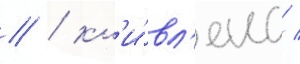
// / кл'и́вл'енд /